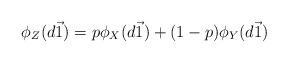
LaTeX: \begin{align*} \phi_Z(d\vec{1})=p\phi_X(d\vec{1})+(1-p)\phi_Y(d\vec{1})\end{align*}